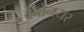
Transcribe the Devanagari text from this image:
देबोनयर